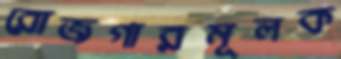
রোজগারমূলক